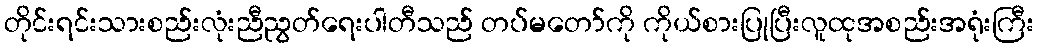
တိုင်းရင်းသားစည်းလုံးညီညွတ်ရေးပါတီသည် တပ်မတော်ကို ကိုယ်စားပြုပြီးလူထုအစည်းအရုံးကြီး